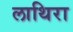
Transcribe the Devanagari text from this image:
लाथिरा